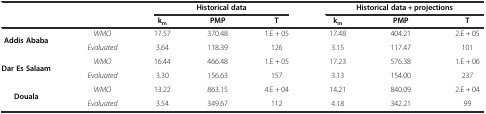
<table><thead><tr><td rowspan="2" colspan="2"></td><td colspan="3"><b>Historical data</b></td><td colspan="3"><b>Historical data + projections</b></td></tr><tr><td><b>k<sub>m</sub></b></td><td><b>PMP</b></td><td><b>T</b></td><td><b>k<sub>m</sub></b></td><td><b>PMP</b></td><td><b>T</b></td></tr></thead><tbody><tr><td rowspan="2"><b>Addis Ababa</b></td><td><i>WMO</i></td><td>17.57</td><td>370.48</td><td>1.E + 05</td><td>17.48</td><td>404.21</td><td>2.E + 05</td></tr><tr><td><i>Evaluated</i></td><td>3.64</td><td>118.39</td><td>126</td><td>3.15</td><td>117.47</td><td>101</td></tr><tr><td rowspan="2"><b>Dar Es Salaam</b></td><td><i>WMO</i></td><td>16.44</td><td>466.48</td><td>1.E + 05</td><td>17.23</td><td>576.38</td><td>1.E + 06</td></tr><tr><td><i>Evaluated</i></td><td>3.30</td><td>156.63</td><td>157</td><td>3.13</td><td>154.00</td><td>237</td></tr><tr><td rowspan="2"><b>Douala</b></td><td><i>WMO</i></td><td>13.22</td><td>863.15</td><td>4.E + 04</td><td>14.21</td><td>840.09</td><td>2.E + 04</td></tr><tr><td><i>Evaluated</i></td><td>3.54</td><td>349.67</td><td>112</td><td>4.18</td><td>342.21</td><td>99</td></tr></tbody></table>